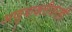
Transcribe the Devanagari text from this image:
अणुशक्तीवरही